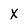
Character: x